Indian journal of veterinary science and animal husbandry - Volumes 28-29, 1958-1959
Year: 1958
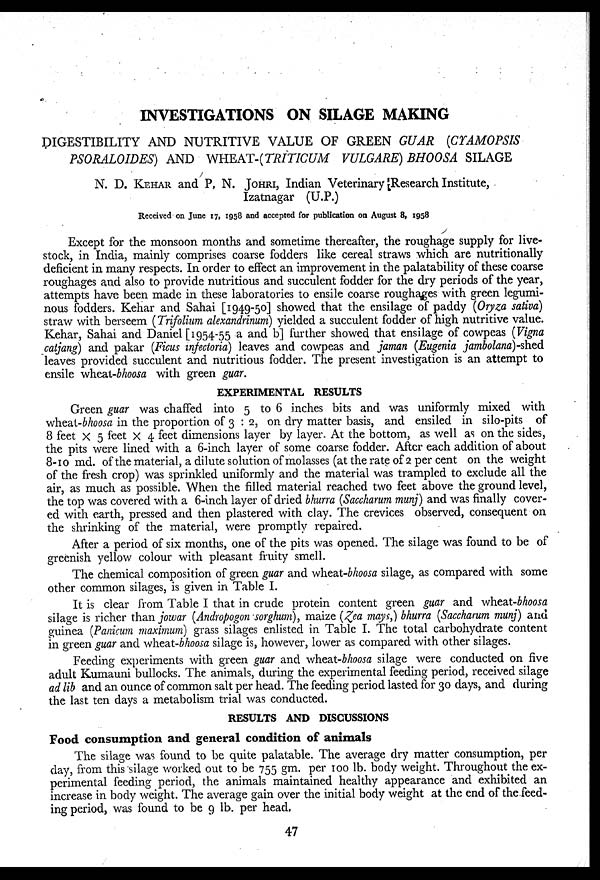
INVESTIGATIONS ON SILAGE MAKING
DIGESTIBILITY AND NUTRITIVE VALUE OF GREEN GUAR (CYAMOPSIS
PSORALOIDES) AND WHEAT-(TRITICUM
VULGARE) BHOOSA SILAGE
N. D. KEHAR and P. N. JOHRI, Indian Veterinary Research Institute,
Izatnagar (U.P.)
Received on June 17, 1958 and accepted for publication on August 8, 1958
Except for the monsoon months and sometime thereafter, the roughage supply for live-
stock, in India, mainly comprises coarse fodders like cereal straws which are nutritionally
deficient in many respects. In order to effect an improvement in the palatability of these coarse
roughages and also to provide nutritious and succulent fodder for the dry periods of the year,
attempts have been made in these laboratories to ensile coarse roughages with green legumi-
nous fodders. Kehar and Sahai [1949-50] showed that the ensilage of paddy (Oryza sativa)
straw with berseem (Trifolium alexandrinum) yielded a succulent fodder of high nutritive value.
Kehar, Sahai and Daniel [1954-55 a and b] further showed that ensilage of cowpeas (Vigna
catjang) and pakar (Ficus infectoria) leaves and cowpeas and jaman (Eugenia jambolana)-shed
leaves provided succulent and nutritious fodder. The present investigation is an attempt to
ensile wheat-bhoosa with green guar.
EXPERIMENTAL RESULTS
Green guar was chaffed into 5 to 6 inches bits and was uniformly mixed with
wheat-bhoosa in the proportion of 3 : 2, on dry matter basis, and ensiled in silo-pits of
8 feet X 5 feet X 4 feet dimensions layer by layer. At the bottom, as well as on the sides,
the pits were lined with a 6-inch layer of some coarse fodder. After each addition of about
8-10 md. of the material, a dilute solution of molasses (at the rate of 2 per cent on the weight
of the fresh crop) was sprinkled uniformly and the material was trampled to exclude all the
air, as much as possible. When the filled material reached two feet above the ground level,
the top was covered with a 6-inch layer of dried bhurra (Saccharum munj) and was finally cover-
ed with earth, pressed and then plastered with clay. The crevices observed, consequent on
the shrinking of the material, were promptly repaired.
After a period of six months, one of the pits was opened. The silage was found to be of
greenish yellow colour with pleasant fruity smell.
The chemical composition of green guar and wheat-bhoosa silage, as compared with some
other common silages, is given in Table I.
It is clear from Table I that in crude protein content green guar and wheat-bhoosa
silage is richer than jowar (Andropogon sorghum), maize (Zea mays,) bhurra (Saccharum munj) and
guinea (Panicum maximum) grass silages enlisted in Table I. The total carbohydrate content
in green guar and wheat-bhoosa silage is, however, lower as compared with other silages.
Feeding experiments with green guar and wheat-bhoosa silage were conducted on five
adult Kumauni bullocks. The animals, during the experimental feeding period, received silage
ad lib and an ounce of common salt per head. The feeding period lasted for 30 days, and during
the last ten days a metabolism trial was conducted.
RESULTS AND DISCUSSIONS
Food consumption and general condition of animals
The silage was found to be quite palatable. The average dry matter consumption, per
day, from this silage worked out to be 755 gm. per 100 lb. body weight. Throughout the ex-
perimental feeding period, the animals maintained healthy appearance and exhibited an
increase in body weight. The average gain over the initial body weight at the end of the feed-
ing period, was found to be 9 lb. per head.
47